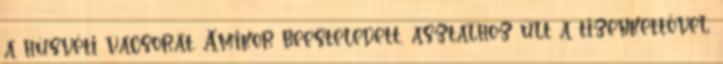
a húsvéti vacsorát. Amikor beesteledett, asztalhoz ült a tizenkettővel.